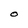
Character: O